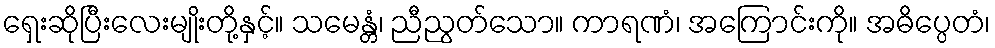
ရှေးဆိုပြီးလေးမျိုးတို့နှင့်။ သမေန္တံ၊ ညီညွတ်သော။ ကာရဏံ၊ အကြောင်းကို။ အဓိပ္ပေတံ၊